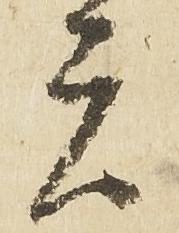
者